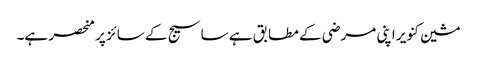
مشین کنویر اپنی مرضی کے مطابق ہے ساسیج کے سائز پر منحصر ہے۔